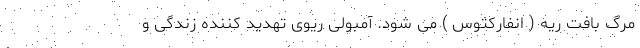
مرگ بافت ریه ( انفارکتوس ) می شود. آمبولی ریوی تهدید کننده زندگی و